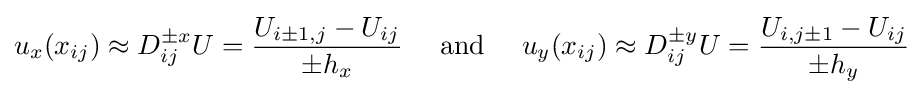
u_{x}(x_{ij})\approx D_{ij}^{\pm x}U={\frac {U_{i\pm 1,j}-U_{ij}}{\pm h_{x}}}\quad {\text{ and }}\quad u_{y}(x_{ij})\approx D_{ij}^{\pm y}U={\frac {U_{i,j\pm 1}-U_{ij}}{\pm h_{y}}}